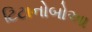
ટિટાનોબોઆ